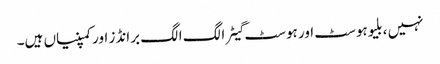
نہیں ، بلیوہوسٹ اور ہوسٹ گیٹر الگ الگ برانڈز اور کمپنیاں ہیں۔